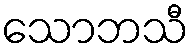
သောဘသီ